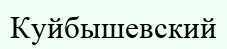
Куйбышевский